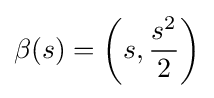
\beta (s)=\left(s,{\frac {s^{2}}{2}}\right)